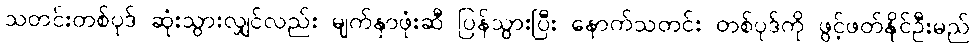
သတင်းတစ်ပုဒ် ဆုံးသွားလျှင်လည်း မျက်နှာဖုံးဆီ ပြန်သွားပြီး နောက်သတင်း တစ်ပုဒ်ကို ဖွင့်ဖတ်နိုင်ဦးမည်